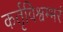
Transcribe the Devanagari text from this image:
कर्तृविश्वम्भरं